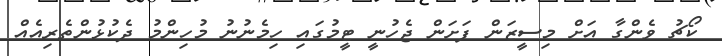
ކޯޗު ވެންގާ އަށް މިސީޒަން ފަށަން ޖެހުނީ ޓީމުގައި ހިމެނުނު މުހިންމު ދެކުޅުންތެރިއެއް